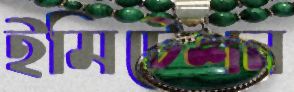
ইমিটেশন